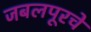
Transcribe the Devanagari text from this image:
जबलपूरचे